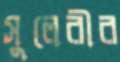
সুলেরীর